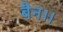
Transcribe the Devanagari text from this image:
बैन।।